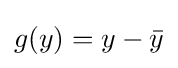
g(y)=y-{\bar {y}}